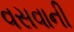
વસવાની